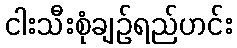
ငါးသီးစုံချဉ်ရည်ဟင်း